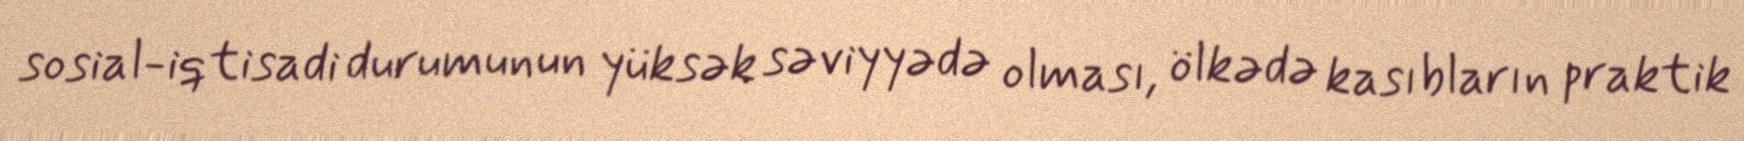
sosial-iqtisadi durumunun yüksək səviyyədə olması, ölkədə kasıbların praktik